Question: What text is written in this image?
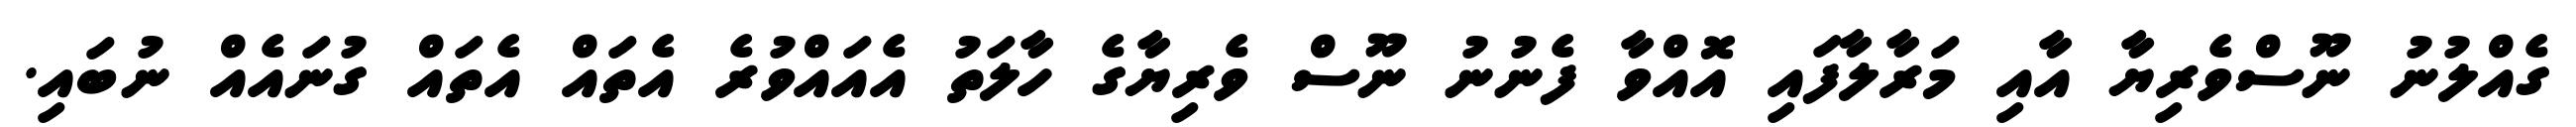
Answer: ގެއްލުނު ނޫސްވެރިޔާ އާއި މަރާލާފައި އޮއްވާ ފެނުނު ނޫސް ވެރިޔާގެ ހާލަތު އެއައްވުރެ އެތައް އެތައް ގުނައެއް ނުބައި.